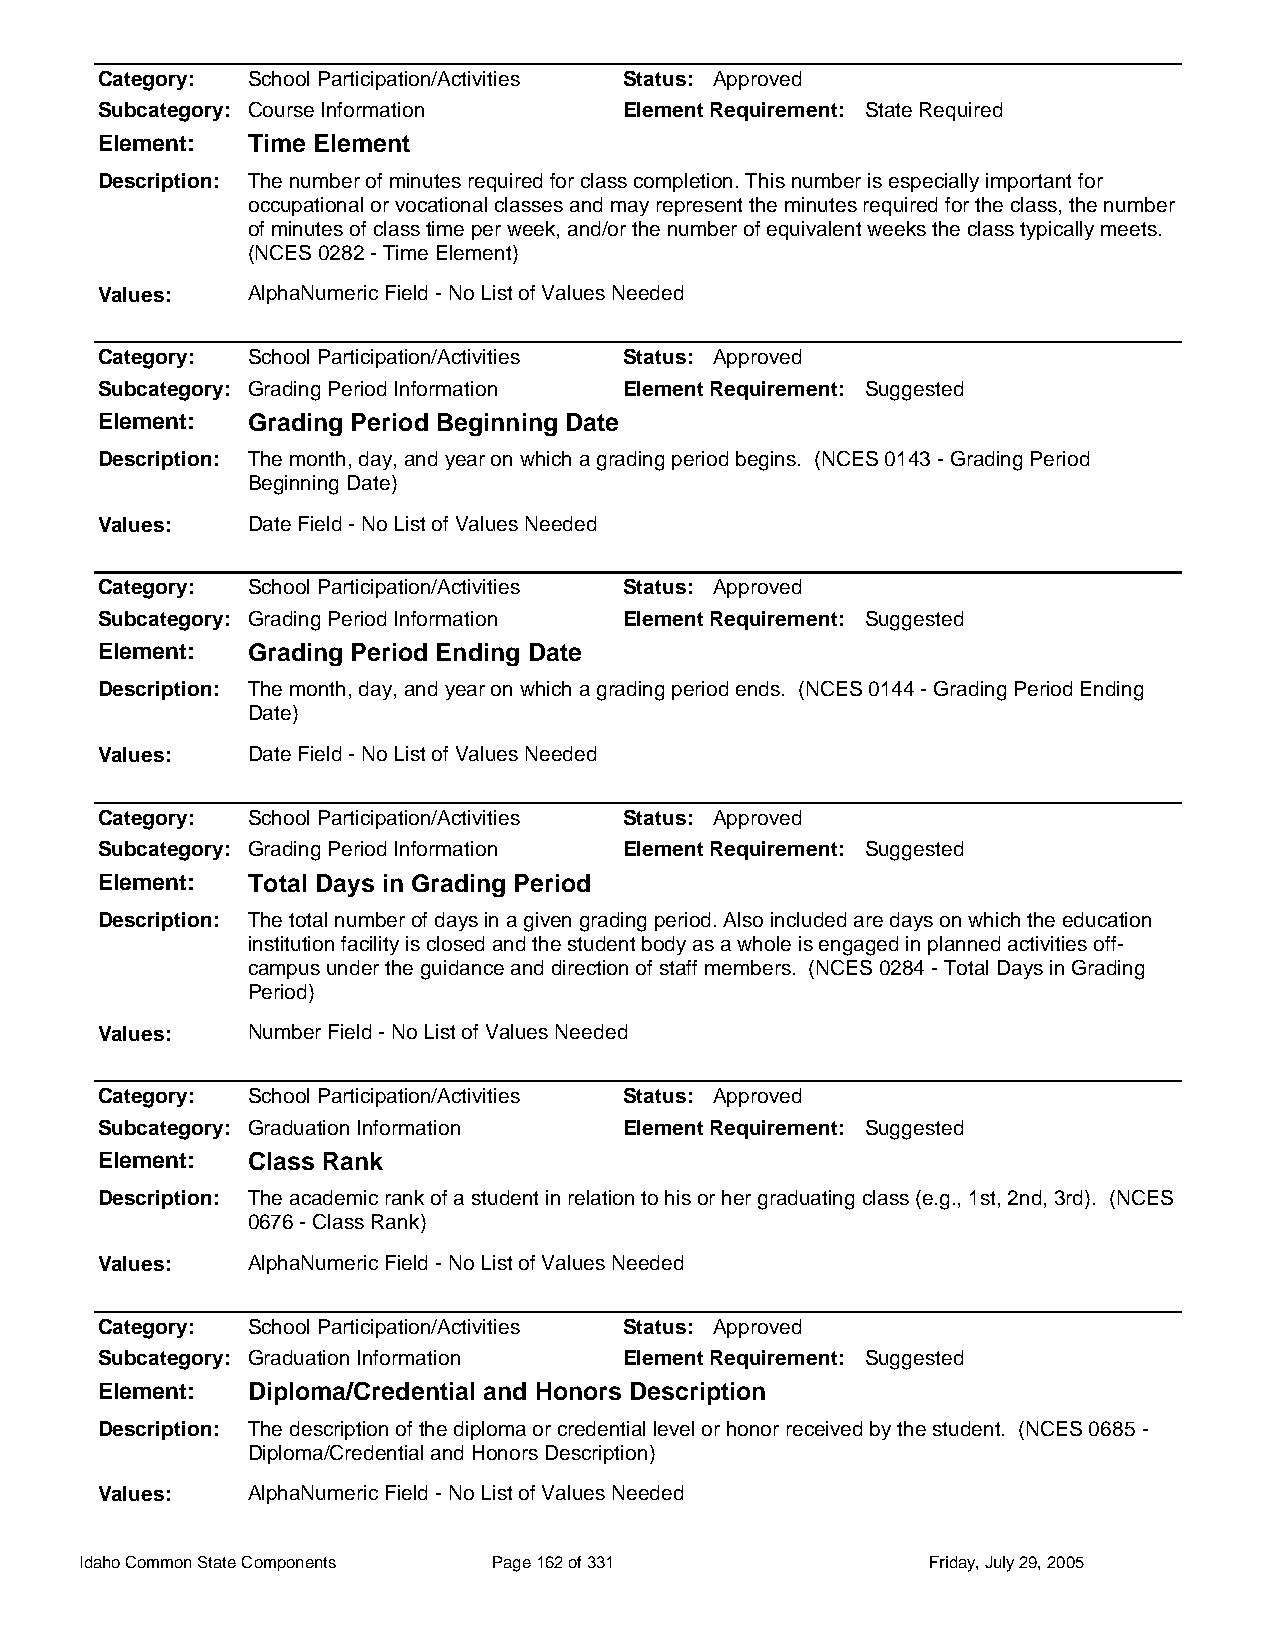
Category: School Participation/Activities Status: Approved
 Subcategory: Course Information    Element Requirement: State Required
 Element:  Time Element
 Description: The number of minutes required for class completion. This number is especially important for
 occupational or vocational classes and may represent the minutes required for the class, the number
 of minutes of class time per week, and/or the number of equivalent weeks the class typically meets.
 (NCES 0282 - Time Element)
 Values:   AlphaNumeric Field - No List of Values Needed
 Category: School Participation/Activities Status: Approved
 Subcategory: Grading Period Information Element Requirement: Suggested
 Element:  Grading Period Beginning Date
 Description: The month, day, and year on which a grading period begins. (NCES 0143 - Grading Period
 Beginning Date)
 Values:   Date Field - No List of Values Needed
 Category: School Participation/Activities Status: Approved
 Subcategory: Grading Period Information Element Requirement: Suggested
 Element:  Grading Period Ending Date
 Description: The month, day, and year on which a grading period ends. (NCES 0144 - Grading Period Ending
 Date)
 Values:   Date Field - No List of Values Needed
 Category: School Participation/Activities Status: Approved
 Subcategory: Grading Period Information Element Requirement: Suggested
 Element:  Total Days in Grading Period
 Description: The total number of days in a given grading period. Also included are days on which the education
 institution facility is closed and the student body as a whole is engaged in planned activities off-
 campus under the guidance and direction of staff members. (NCES 0284 - Total Days in Grading
 Period)
 Values:   Number Field - No List of Values Needed
 Category: School Participation/Activities Status: Approved
 Subcategory: Graduation Information Element Requirement: Suggested
 Element:  Class Rank
 Description: The academic rank of a student in relation to his or her graduating class (e.g., 1st, 2nd, 3rd). (NCES
 0676 - Class Rank)
 Values:   AlphaNumeric Field - No List of Values Needed
 Category: School Participation/Activities Status: Approved
 Subcategory: Graduation Information Element Requirement: Suggested
 Element:  Diploma/Credential and Honors Description
 Description: The description of the diploma or credential level or honor received by the student. (NCES 0685 -
 Diploma/Credential and Honors Description)
 Values:   AlphaNumeric Field - No List of Values Needed
 Idaho Common State Components Page 162 of 331           Friday, July 29, 2005